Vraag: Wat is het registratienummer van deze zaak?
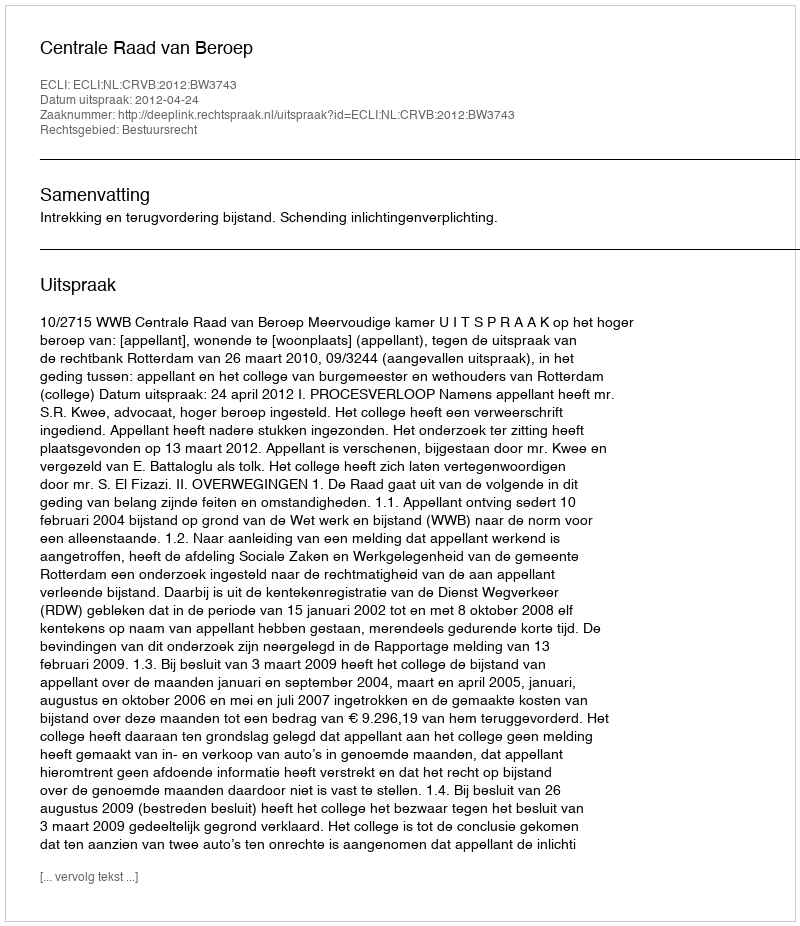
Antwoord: http://deeplink.rechtspraak.nl/uitspraak?id=ECLI:NL:CRVB:2012:BW3743